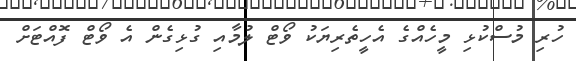
ހުރި މުސްކުޅި މީހެއްގެ އެހީތެރިޔަކު ވޯޓް ލުމާއި ގުޅިގެން އެ ވޯޓް ފޮއްޓަށް